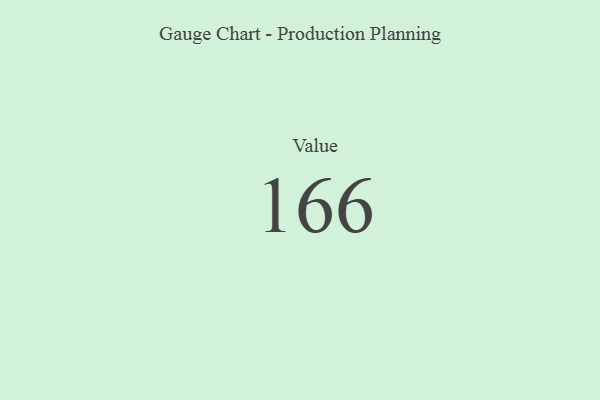
{"axis": {"x": "Metric", "y": "Value"}, "legend": [""], "data": [{"x": "Value", "y": 166, "type": ""}]}